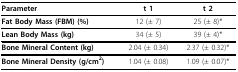
| Parameter | t 1 | t 2 |
 | --- | --- | --- |
 | Fat Body Mass (FBM) (%) | 12 (± 7) | 25 (± 8)* |
 | Lean Body Mass (kg) | 34 (± 5) | 39 (± 4)* |
 | Bone Mineral Content (kg) | 2.04 (± 0.34) | 2.37 (± 0.32)* |
 | Bone Mineral Density (g/cm2) | 1.04 (± 0.08) | 1.09 (± 0.07)* |